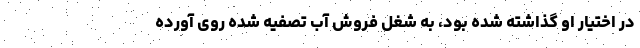
در اختیار او گذاشته شده بود، به شغل‌ فروش‌ آب‌ تصفیه شده روی آورده